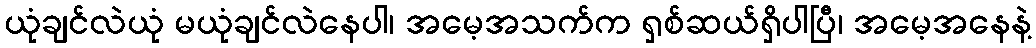
ယုံချင်လဲယုံ မယုံချင်လဲနေပါ၊ အမေ့အသက်က ရှစ်ဆယ်ရှိပါပြီ၊ အမေ့အနေနဲ့